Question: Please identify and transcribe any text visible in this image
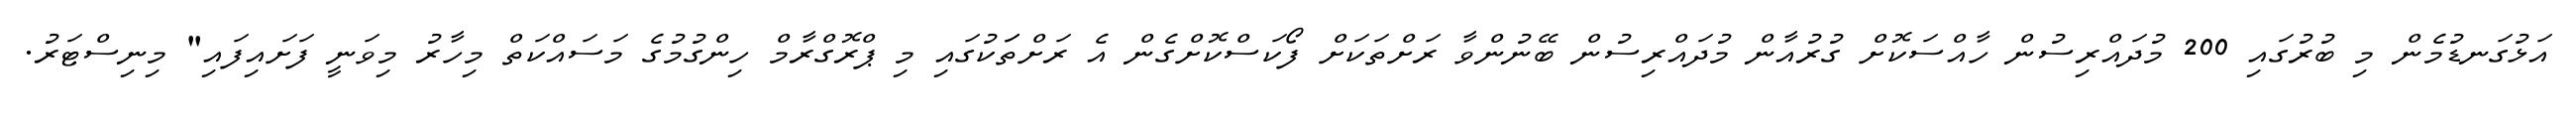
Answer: އަޅުގަނޑުމެން މި ބުރުގައި 200 މުދައްރިސުން ހާއްސަކޮށް ގުރުއާން މުދައްރިސުން ބޭނުންވާ ރަށްތަކަށް ފޯކަސްކޮށްގެން އެ ރަށްތަަކުގައި މި ޕްރޮގްރާމް ހިންގުމުގެ މަސައްކަތް މިހާރު މިވަނީ ފަށައިފައި" މިނިސްޓަރު.